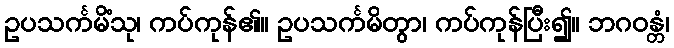
ဥပသင်္ကမိံသု၊ ကပ်ကုန်၏။ ဥပသင်္ကမိတွာ၊ ကပ်ကုန်ပြီး၍။ ဘဂဝန္တံ၊